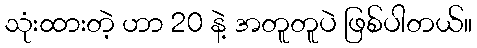
သုံးထားတဲ့ ဟာ 20 နဲ့ အတူတူပဲ ဖြစ်ပါတယ်။